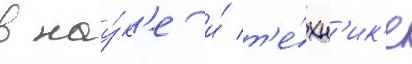
в нау́к'е и́ т'е́хн'ик'е